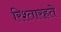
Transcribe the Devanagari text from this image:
रिश्तारहते